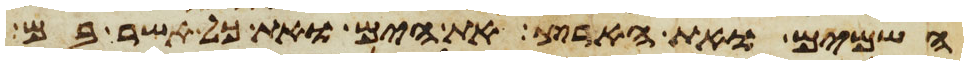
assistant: השמים ואת הארץ את הים ואת כל אשר בם